Vaccination North-Western Provinces and Oudh 1896-1901 - 1896-1901
Year: 1896
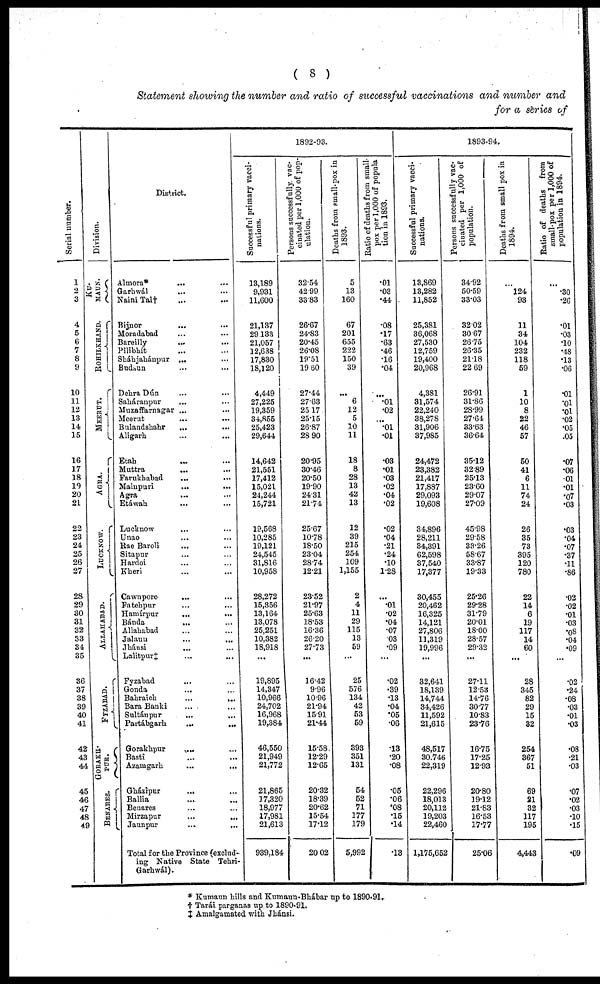
( 8 )
Statement showing the number and ratio of successful vaccinations and number and
for a series of
Serial number.
1
2
3
4
5
6
7
8
9
10
11
12
13
14
15
16
17
18
19
20
21
22
23
24
35
26
27
28
29
30
31
32
33
34
35
36
37
38
39
40
41
42
43
44
45
46
47
48
49
Division.
KU¬
MAUN.
ROHILKHAND.
MEERUT.
AGRA.
LUCKNOW.
AL L AHABAD.
FYZABAD.
GORAKH¬
PUR.
BENARES.
District.
Almora*
... ...
Garhwál ... ...
Naini Tal † ... ...
Bijnor
... ...
Moradabad ... ...
Bareilly ... ...
Pilibhít ... ...
Sháhjahánpur ... ...
Budaun ... ...
Dehra Dún ... ...
Saháranpur ... ...
Muzaffarnagar ... ...
Meerut
...
...
Bulandshahr ... ...
Aligarh ... ...
Etah ... ...
Muttra
... ...
Farukhabad ... ...
Mainpuri ... ...
Agra
... ...
Etáwah ... ...
Lucknow ... ...
Unao ... ...
Rae Bareli
... ...
Sitapur ... ...
Hardoi ... ...
Kheri ... ...
Cawnpore ... ...
Fatehpur ... ...
Hamírpur ... ...
Bánda ... ...
Allahabad ... ...
Jalaun ... ...
Jhánsi
... ...
Lalitpur‡ ... ...
Fyzabad ... ...
Gonda ... ...
Bahraich ... ...
Bara Banki ... ...
Sultánpur ... ...
Partábgarh
...
...
Gorakhpur ... ...
Basti ... ...
Azamgarh
...
...
Gházipur
... ...
Ballia ... ...
Benares ... ...
Mirzapur
...
...
Jaunpur ... ...
Total for the Province (exclud-
ing Native State Tehri¬
Garhwál).
1892-93.
Successful primary vacci-
nations.
13,189
9,931
11,600
21,137
29,133
21,057
12,638
17,830
18,120
4,449
27,225
19,359
34,855
25,423
29,644
14,642
21,551
17,412
15,021
24,244
15,721
19,568
10,285
19,121
24,545
31,816
10,958
28,272
15,356
13,164
13,078
25,251
10,382
18,918
...
19,895
14,347
10,966
24,702
16,968
19,384
46,550
21,949
21,772
21,865
17,320
18,977
17,981
21,613
939,184
Persons successfully vac-
cinated per 1,000 of pop-
ulation.
32.54
42.99
33.83
26.67
24.83
20.45
26.08
19.51
19.60
27.44
27.63
25.17
25.15
26.87
28.90
20.95
30.46
20.50
19.90
24.31
21.74
25.67
10.78
18.50
23.04
28.74
12.21
23.52
21.97
25.63
18.53
16.36
26.20
27.73
...
16.42
9.96
10.96
21.94
15.91
21.44
15.58
12.29
12.65
20.32
18.39
20.62
15.54
17.12
20.02
Deaths from small-pox in
1893.
5
13
160
67
201
655
222
150
39
6
12
5
10
11
18
8
28
13
42
13
12
39
215
254
109
1,155
2
4
11
29
115
13
59
...
25
576
134
42
53
59
393
351
131
54
52
71
177
179
5,992
Ratio of deaths from small-
pox per 1,000 of popula¬
tion in 1893.
.01
.03
.44
.08
.17
.63
.46
.16
.04
...
.01
.02
.01
.01
.03
.01
.03
.02
.04
.02
.02
.04
.21
.24
.10
1.28
...
.01
.02
.04
.07
03
.09
...
.02
.39
.13
.04
.05
.06
.13
.20
.08
.05
.06
.08
.15
.14
.13
1893-94.
Successful primary vacci-
nations.
13,869
13,282
11,852
25,381
36,068
27,530
12,759
19,400
20,968
4,381
31,574
22,240
38,278
31,906
37,985
24,472
23,382
21,417
17,887
29,093
19,608
34,896
28,211
34,391
62,598
37,540
17,377
30,455
20,462
16,325
14,121
27,806
11,319
19,996
...
32,641
18,139
14,744
34,426
11,592
21,615
48,517
30,746
22,319
22,296
18,013
20,112
19,203
22,460
1,175,652
Persons successfully vac-
cinated per 1,000 of
population.
34.92
50.59
33.03
32.02
30.67
26.75
26.35
21.18
22.69
26.91
31.86
28.99
27.64
33.63
36.64
35.12
32.89
25.13
23.60
29.07
27.09
45.98
29.58
33.26
58.67
33.87
19.33
25.26
29.28
31.79
20.01
18.00
28.57
29.32
...
27.11
12.53
14.76
30.77
10.83
23.76
16.75
17.25
12.93
20.80
19.12
21.83
16.53
17.77
25.06
Deaths from small pox in
1894.
...
l24
93
11
34
104
232
118
59
1
10
8
22
46
57
50
41
6
11
74
24
26
35
73
395
120
780
22
14
6
19
117
14
60
...
28
345
82
29
15
32
254
367
51
69
21
32
117
195
4,443
Ratio of deaths from
small-pox per 1,000 of
population in 1894.
...
.30
.26
.01
.03
.10
.48
.13
.06
.01
.01
.01
.02
.05
.05
.07
.06
.01
.01
.07
.03
.03
.04
.07
.37
.11
.86
.02
.02
.01
.03
.08
.04
.09
...
.02
.24
.08
.03
.01
.03
.08
.21
.03
.07
.02
.03
.10
.15
.09
* Kumaun hills and Kumaun-Bhábar up to 1890-91.
† Tarái parganas up to 1890-91.
‡ Amalgamated with Jhánsi.